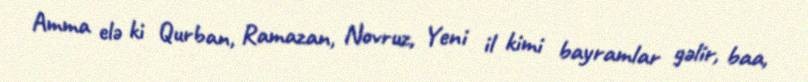
Amma elə ki Qurban, Ramazan, Novruz, Yeni il kimi bayramlar gəlir, baa,